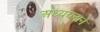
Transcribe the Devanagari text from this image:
अध्ययनानें